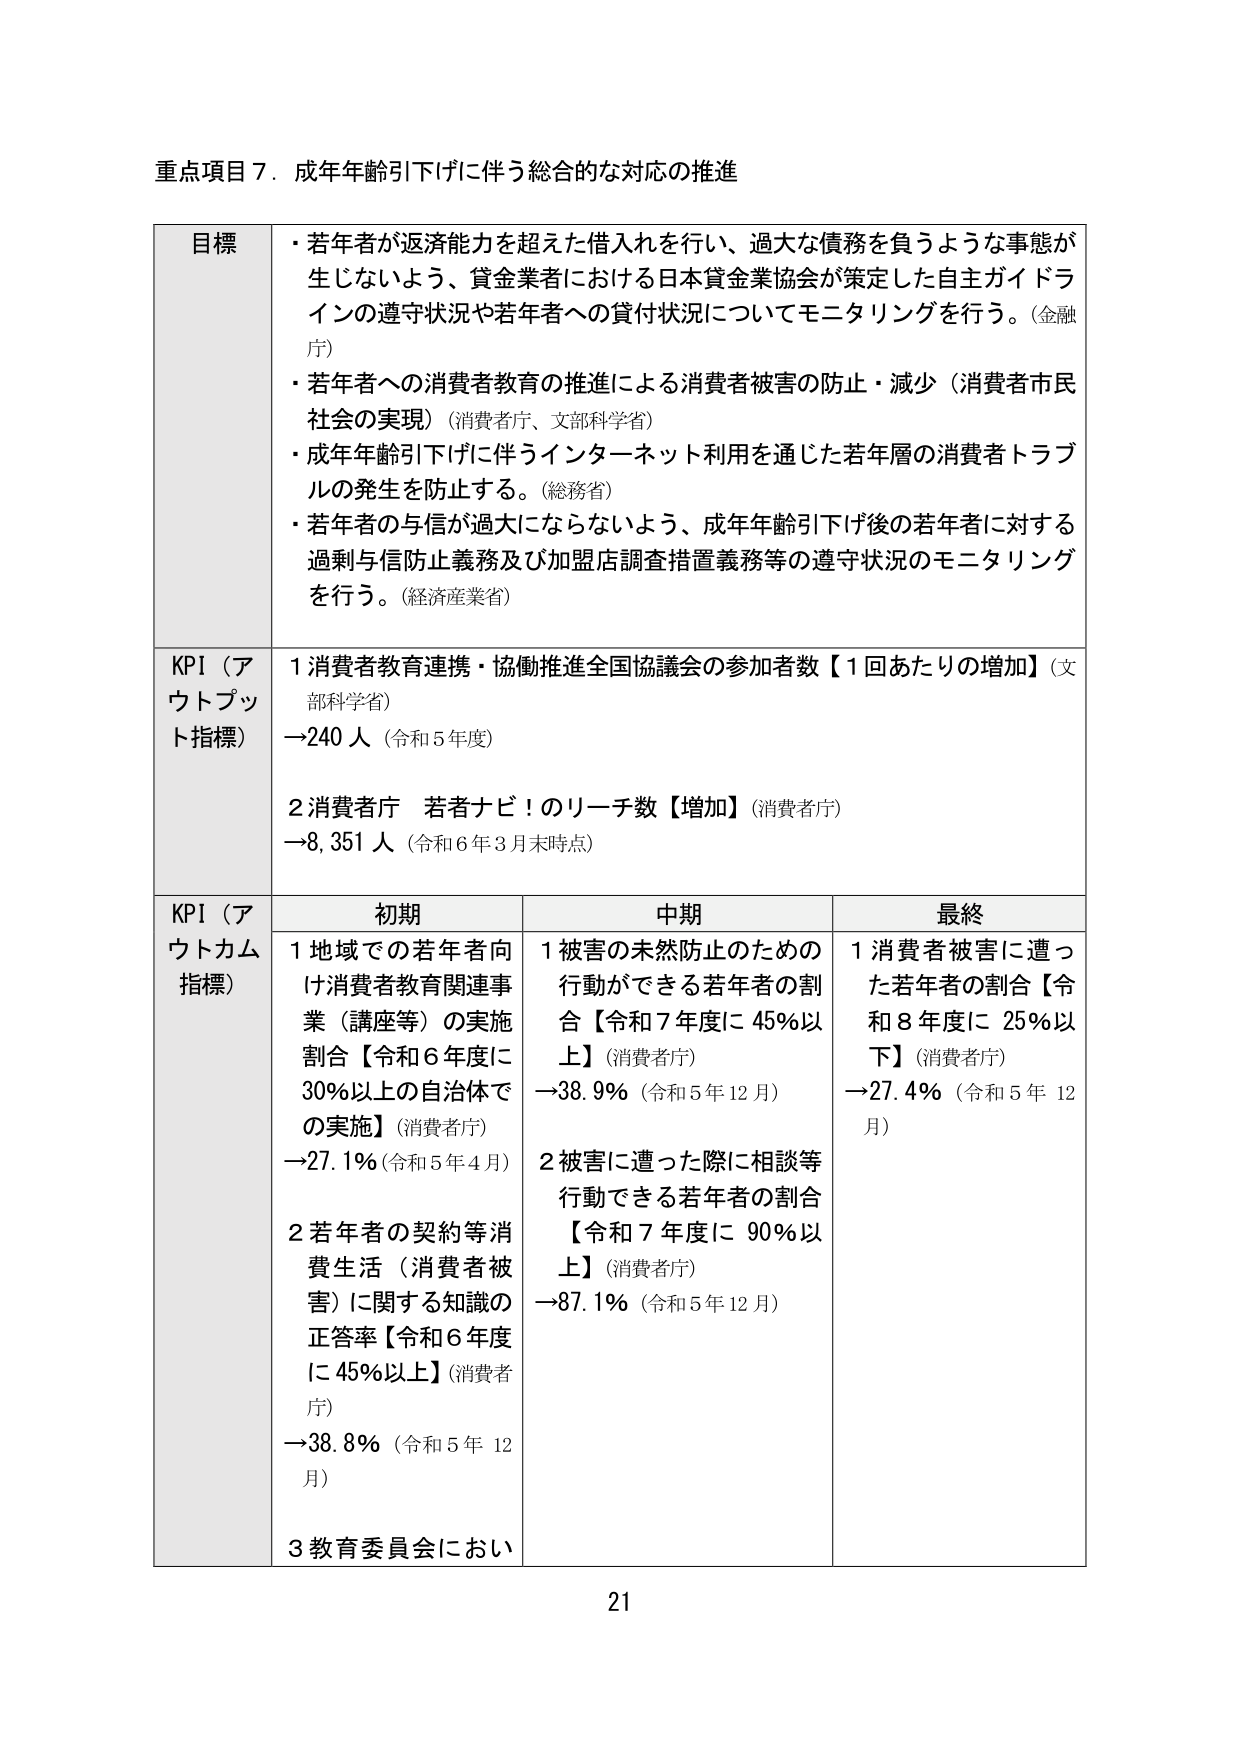
重点項目７．成年年齢引下げに伴う総合的な対応の推進

目標
・若年者が返済能力を超えた借入れを行い、過大な債務を負うような事態が生じないよう、貸金業者における日本貸金業協会が策定した自主ガイドラインの遵守状況や若年者への貸付状況についてモニタリングを行う。（金融庁）
・若年者への消費者教育の推進による消費者被害の防止・減少（消費者市民社会の実現）（消費者庁、文部科学省）
・成年年齢引下げに伴うインターネット利用を通じた若年層の消費者トラブルの発生を防止する。（総務省）
・若年者の与信が過大にならないよう、成年年齢引下げ後の若年者に対する過剰与信防止義務及び加盟店調査措置義務等の遵守状況のモニタリングを行う。（経済産業省）

KPI（アウトプット指標）
1 消費者教育連携・協働推進全国協議会の参加者数【1回あたりの増加】（文部科学省）
→240人（令和5年度）
2 消費者庁 若者ナビ！のリーチ数【増加】（消費者庁）
→8,351人（令和6年3月末時点）

KPI（アウトカム指標）
初期
1 地域での若年者向け消費者教育関連事業（講座等）の実施割合【令和6年度に30％以上の自治体での実施】（消費者庁）
→27.1％（令和5年4月）
2 若年者の契約等消費生活（消費者被害）に関する知識の正答率【令和6年度に45％以上】（消費者庁）
→38.8％（令和5年12月）
3 教育委員会におい

中期
1 被害の未然防止のための行動ができる若年者の割合【令和7年度に45％以上】（消費者庁）
→38.9％（令和5年12月）
2 被害に遭った際に相談等行動できる若年者の割合【令和7年度に90％以上】（消費者庁）
→87.1％（令和5年12月）

最終
1 消費者被害に遭った若年者の割合【令和8年度に25％以下】（消費者庁）
→27.4％（令和5年12月）

21